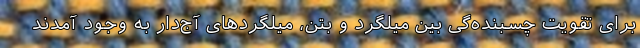
برای تقویت چسبنده‌گی بین میلگرد و بتن، میلگردهای آج‌دار به وجود آمدند